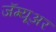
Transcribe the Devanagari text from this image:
जॅग्यूअर